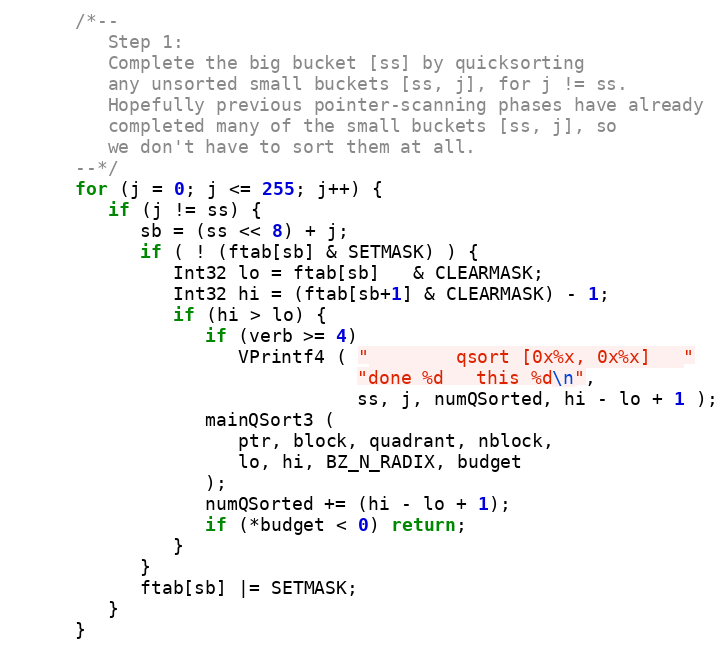
Language: C
      /*--
         Step 1:
         Complete the big bucket [ss] by quicksorting
         any unsorted small buckets [ss, j], for j != ss.
         Hopefully previous pointer-scanning phases have already
         completed many of the small buckets [ss, j], so
         we don't have to sort them at all.
      --*/
      for (j = 0; j <= 255; j++) {
         if (j != ss) {
            sb = (ss << 8) + j;
            if ( ! (ftab[sb] & SETMASK) ) {
               Int32 lo = ftab[sb]   & CLEARMASK;
               Int32 hi = (ftab[sb+1] & CLEARMASK) - 1;
               if (hi > lo) {
                  if (verb >= 4)
                     VPrintf4 ( "        qsort [0x%x, 0x%x]   "
                                "done %d   this %d\n",
                                ss, j, numQSorted, hi - lo + 1 );
                  mainQSort3 (
                     ptr, block, quadrant, nblock,
                     lo, hi, BZ_N_RADIX, budget
                  );
                  numQSorted += (hi - lo + 1);
                  if (*budget < 0) return;
               }
            }
            ftab[sb] |= SETMASK;
         }
      }